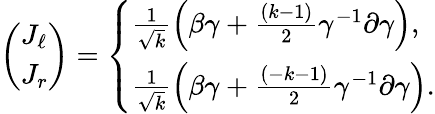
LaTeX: \begin{array}{r}{\left(\begin{array}{l}{J_{\ell}}\\ {J_{r}}\end{array}\right)=\left\{ \begin{array}{ll}{\frac{1}{\sqrt{k}}\left(\beta\gamma+\frac{\left(k-1\right)}{2}\gamma^{-1}\partial\gamma\right),}\\ {\frac{1}{\sqrt{k}}\left(\beta\gamma+\frac{\left(-k-1\right)}{2}\gamma^{-1}\partial\gamma\right).}\end{array}\right.}\end{array}